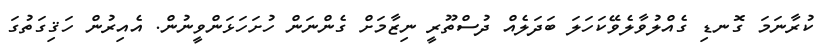
ކުރާނަމަ ގޮނޑި ގެެއްލުވާލެވޭކަހަލަ ބަދަލެެއް ދުސްތޫރީ ނިޒާމަށް ގެންނަން ހުށަހަޅަންވީނުން. އެއިރުން ހަޤިގަތުގަ